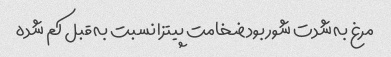
مرغ به شدت شور بود ضخامت پیتزا نسبت به قبل کم شده